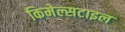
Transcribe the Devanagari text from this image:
किमेल्सटाइल